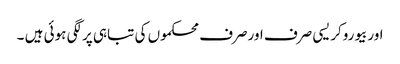
اوربیوروکریسی صرف اورصرف محکموں کی تباہی پرلگی ہوئی ہیں ۔